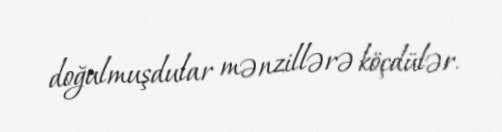
doğulmuşdular mənzillərə köçdülər.